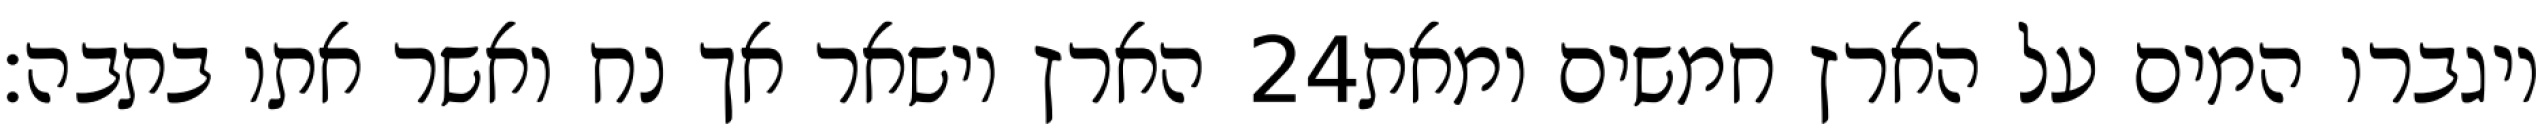
הארץ וישאר אך נח ואשר אתו בתבה׃ ‎24‏ ויגברו המים על הארץ חמשים ומאת